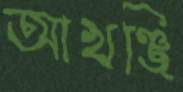
আখঞ্জি